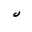
Letter: _lam